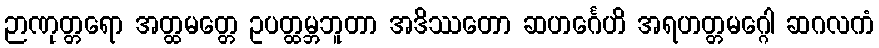
ဉာဏုတ္တရော အတ္ထမတ္တေ ဥပတ္ထမ္ဘဘူတာ အဒိဿတော ဆဟင်္ဂေဟိ အရဟတ္တမဂ္ဂေါ ဆဂလကံ